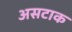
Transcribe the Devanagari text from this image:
असटाक